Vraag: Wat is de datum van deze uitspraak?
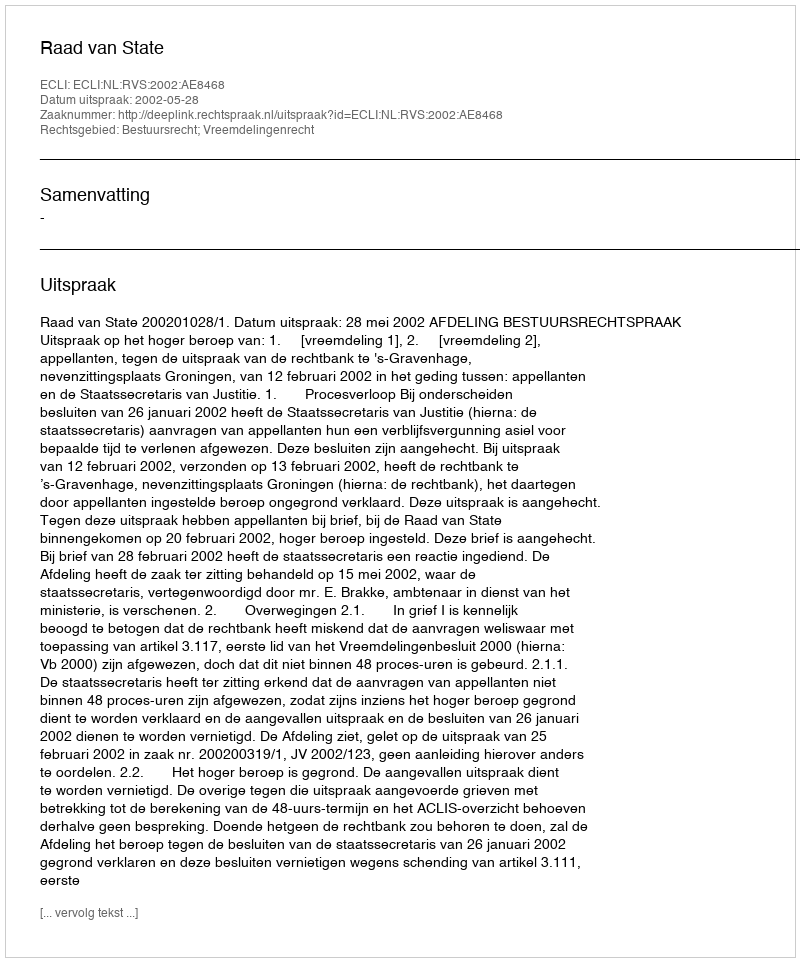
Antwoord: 2002-05-28